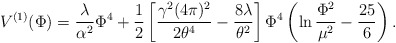
\begin{align*}V^{(1)} (\Phi) = \frac{\lambda}{\alpha^2} \Phi^4 +\frac{1}{2}\left[ \frac{\gamma^2 (4 \pi )^2}{2 \theta^4} -\frac{8\lambda}{\theta^2} \right] \Phi^4 \left( \ln\frac{\Phi^2}{\mu^2} -\frac{25}{6} \right).\end{align*}